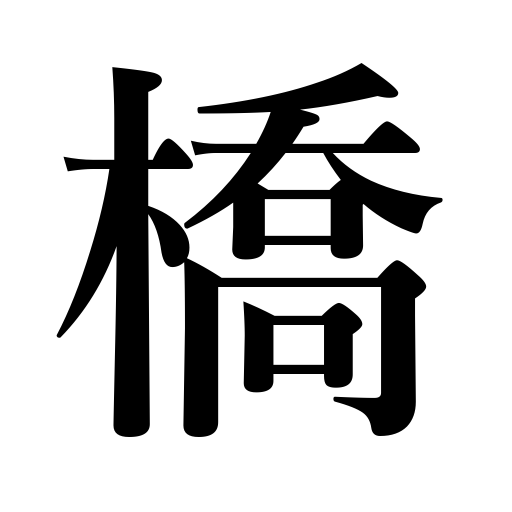
Meanings: bridge